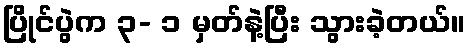
ပြိုင်ပွဲက ၃- ၁ မှတ်နဲ့ပြီး သွားခဲ့တယ်။